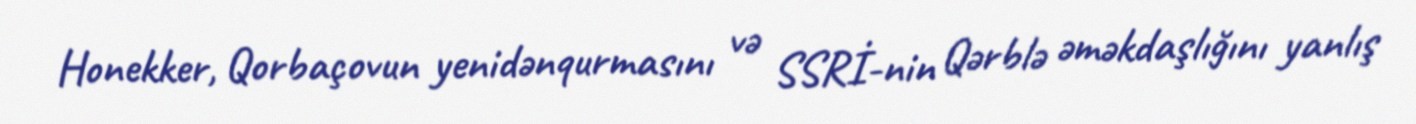
Honekker, Qorbaçovun yenidənqurmasını və SSRİ-nin Qərblə əməkdaşlığını yanlış